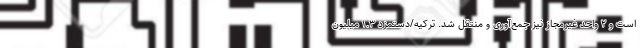
است و ۲ واحد غیرمجاز نیز جمع‌آوری و منتقل شد. ترکیه/دستمزد ۱.۳ میلیون